Indian journal of veterinary science and animal husbandry - Volume 7,
Year: 1937
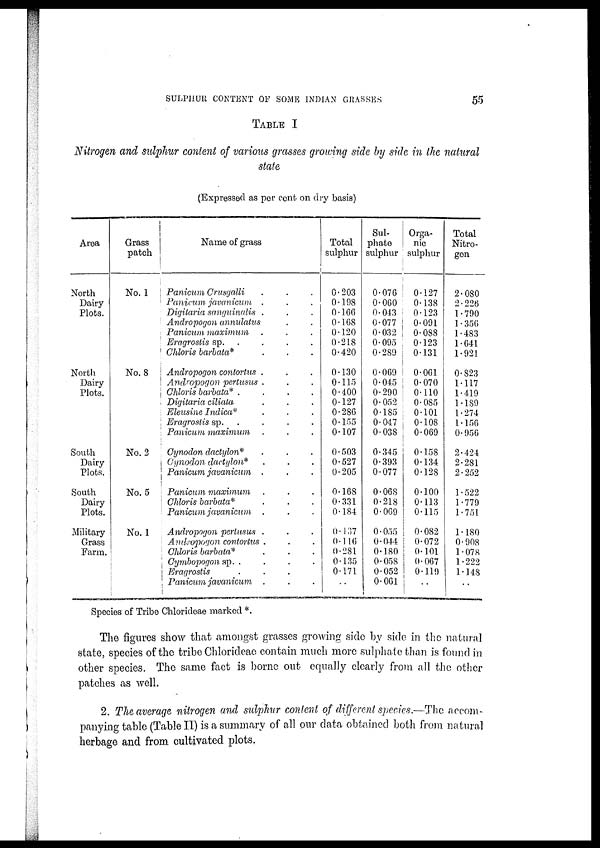
SULPHUR CONTENT OF SOME INDIAN GRASSES
55
TABLE I
Nitrogen and sulphur content of various grasses growing side by side in the natural
state
(Expressed as per cent on dry basis)
Area
North
Dairy
Plots.
North
Dairy
Plots.
South
Dairy
Plots.
South
Dairy
Plots.
Military
Grass
Farm.
Grass
patch
No. 1
No. 8
No. 2
No. 5
No. 1
Name of grass
Panicum Crusgalli . . .
Panicum javanicum . . .
Digitaria sanguinalis . . .
Andropogon annulatus . . .
Panicum maximum . . .
Eragrostis sp. . . . .
Clitoris barbata* . . .
Andropogon contortus . . .
Andropogon pertusus . . .
Chtoris barbata*
.
.
.
Digitaria ciliata . . .
Eleusine Indica* . . .
Eragrostis sp. . . .
Panicum maximum . . .
Cynodon dactylon* . . .
Cynodon dactylon* . . .
Panicum javanicum . . .
Panicum maximum . . .
Chloris barbata* . . .
Panicum javanicum . . .
Andropogon pertusus . . .
Andropogon contortus . . .
Clitoris barbata* . . .
Cymbopogon sp.
.
.
.
Eragrostis . . .
Panicum javanicum . . .
Total
sulphur
0.203
0.198
0.166
0.168
0.120
0.218
0.420
0.130
0.115
0.400
0.127
0.286
0.155
0.107
0.503
0.527
0.205
0.168
0.331
0.184
0.137
0.1 16
0.281
0.135
0.171
. .
Sul-
phate
sulphur
0.076
0.060
0.043
0.077
0.032
0.095
0.289
0.069
0.045
0.290
0.052
0.185
0.047
0.038
0.345
0.393
0.077
0.068
0.218
0.069
0.055
0.044
0.180
0.058
0.052
0.061
Orga-
nic
sulphur
0.127
0.138
0.123
0.091
0.088
0.123
0.131
0.061
0.070
0.110
0.085
0.101
0.108
0.069
0.158
0.134
0.128
0.100
0.113
0.115
0.082
0.072
0.101
0.067
0.119
. .
Total
Nitro-
gen
2.080
2.226
1.790
1.356
1.483
1.641
1.921
0.823
1.117
1.419
1.189
1.274
1.156
0.956
2.424
2.281
2.252
1.522
1.779
1.751
1.180
0.908
1.078
1.222
1.148
. .
Species of Tribe Chlorideae marked *.
The figures show that amongst grasses growing side by side in the natural
state, species of the tribe Chlorideae contain much more sulphate than is found in
other species. The same fact is borne out equally clearly from all the other
patches as well.
2. The average nitrogen and sulphur content of different species.—The accom-
panying table (Table II) is a summary of all our data obtained both from natural
herbage and from cultivated plots.